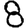
Digit: 8